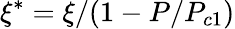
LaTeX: \xi^{*}=\xi/(1-P/P_{c1})